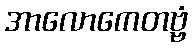
အာလောကေတဗ္ဗံ